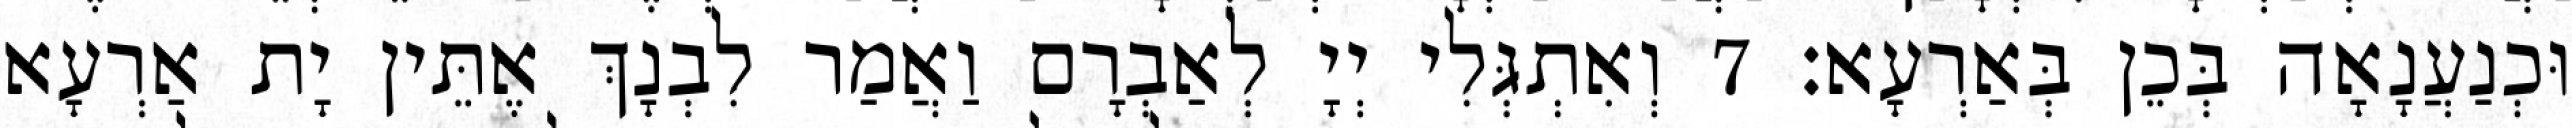
וּכְנַעֲנָאָה בְּכֵן בְּאַרְעָא׃ 7 וְאִתְגְּלִי יְיָ לְאַבְרָם וַאֲמַר לִבְנָךְ אֶתֵּין יָת אַרְעָא